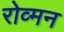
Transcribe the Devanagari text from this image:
रोव्मन